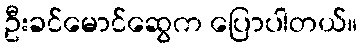
ဦးခင်မောင်ဆွေက ပြောပါတယ်။